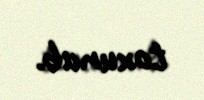
toxunub.